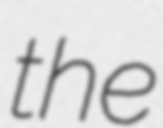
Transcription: the